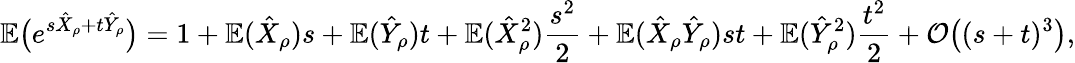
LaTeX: {\mathbb{E}}\big(e^{s\hat{X}_{\rho}+t\hat{Y}_{\rho}}\big)=1+{\mathbb{E}}(\hat{X}_{\rho})s+{\mathbb{E}}(\hat{Y}_{\rho})t+{\mathbb{E}}(\hat{X}_{\rho}^{2})\frac{s^{2}}{2}+{\mathbb{E}}(\hat{X}_{\rho}\hat{Y}_{\rho})st+{\mathbb{E}}(\hat{Y}_{\rho}^{2})\frac{t^{2}}{2}+\mathcal{O}\big((s+t)^{3}\big),